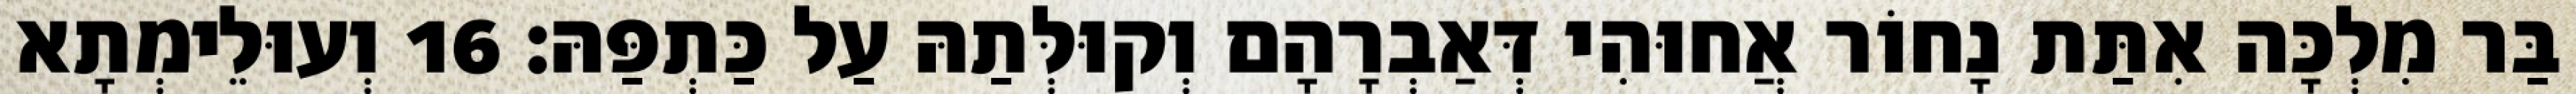
בַּר מִלְכָּה אִתַּת נָחוֹר אֲחוּהִי דְּאַבְרָהָם וְקוּלְּתַהּ עַל כַּתְפַּהּ׃ 16 וְעוּלֵימְתָא